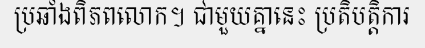
ប្រឆាំងពិភពលោក។ ជាមួយគ្នានេះ ប្រតិបត្តិការ